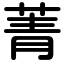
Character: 菁